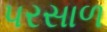
પરસાળ